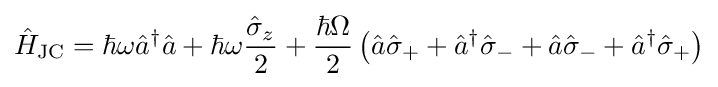
{\hat {H}}_{\text{JC}}=\hbar \omega {\hat {a}}^{\dagger }{\hat {a}}+\hbar \omega {\frac {{\hat {\sigma }}_{z}}{2}}+{\frac {\hbar \Omega }{2}}\left({\hat {a}}{\hat {\sigma }}_{+}+{\hat {a}}^{\dagger }{\hat {\sigma }}_{-}+{\hat {a}}{\hat {\sigma }}_{-}+{\hat {a}}^{\dagger }{\hat {\sigma }}_{+}\right)